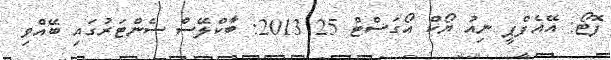
ފޮޓޯ: އޭއެފްޕީ ނިއު ޔޯކް އޯގަސްޓް 25 2013: ބާކްލޭސް ސެންޓަރުގައި ބޭއްވި